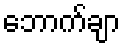
ဘောက်ချာ